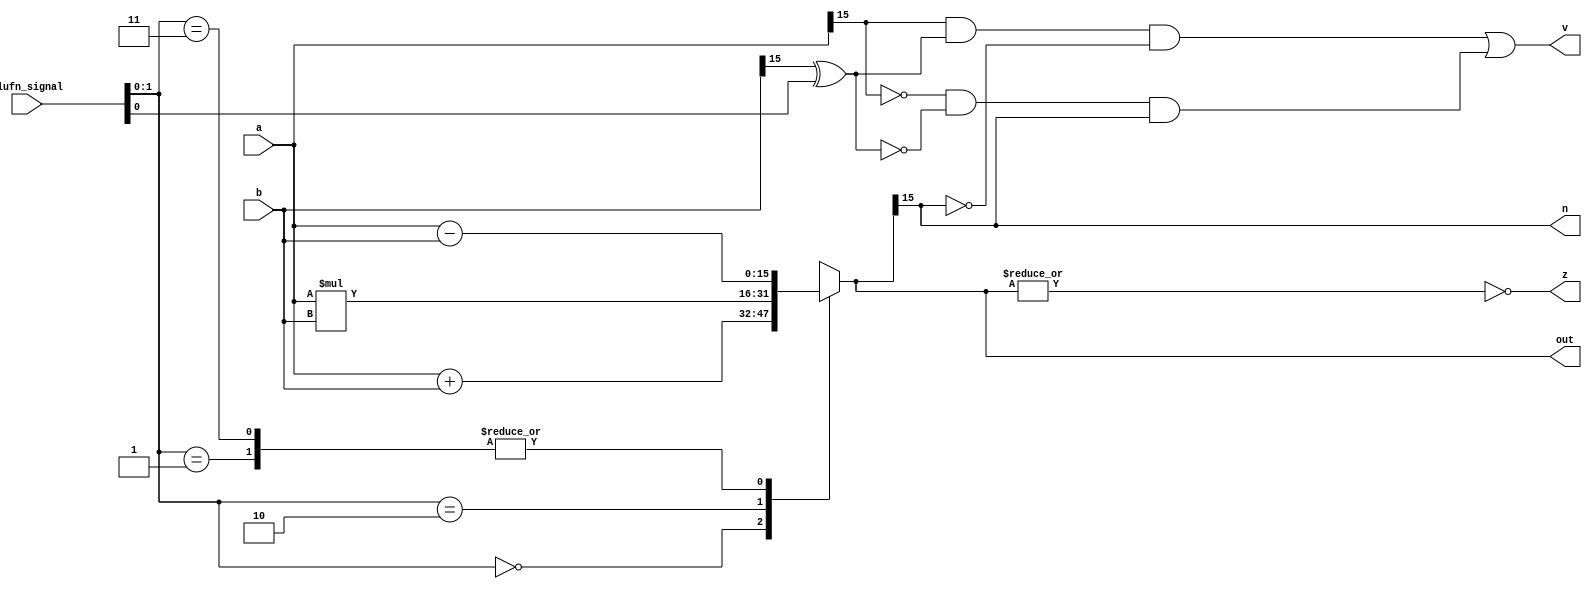
/*
   This file was generated automatically by Alchitry Labs version 1.2.7.
   Do not edit this file directly. Instead edit the original Lucid source.
   This is a temporary file and any changes made to it will be destroyed.
*/

module adder_15 (
    input [15:0] a,
    input [15:0] b,
    input [5:0] alufn_signal,
    output reg [15:0] out,
    output reg [0:0] z,
    output reg [0:0] v,
    output reg [0:0] n
  );
  
  
  
  reg [15:0] s;
  
  always @* begin
    s = 16'h0000;
    
    case (alufn_signal[0+1-:2])
      2'h0: begin
        s = a + b;
      end
      2'h1: begin
        s = a - b;
      end
      2'h2: begin
        s = a * b;
      end
      2'h3: begin
        s = a - b;
      end
      default: begin
        s = 16'h0000;
      end
    endcase
    z = ~(|s);
    n = s[15+0-:1];
    v = (a[15+0-:1] & (b[15+0-:1] ^ alufn_signal[0+0-:1]) & !s[15+0-:1]) | (!a[15+0-:1] & !(b[15+0-:1] ^ alufn_signal[0+0-:1]) & s[15+0-:1]);
    out = s;
  end
endmodule